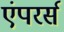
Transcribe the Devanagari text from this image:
एंपरर्स